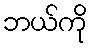
ဘယ်ကို